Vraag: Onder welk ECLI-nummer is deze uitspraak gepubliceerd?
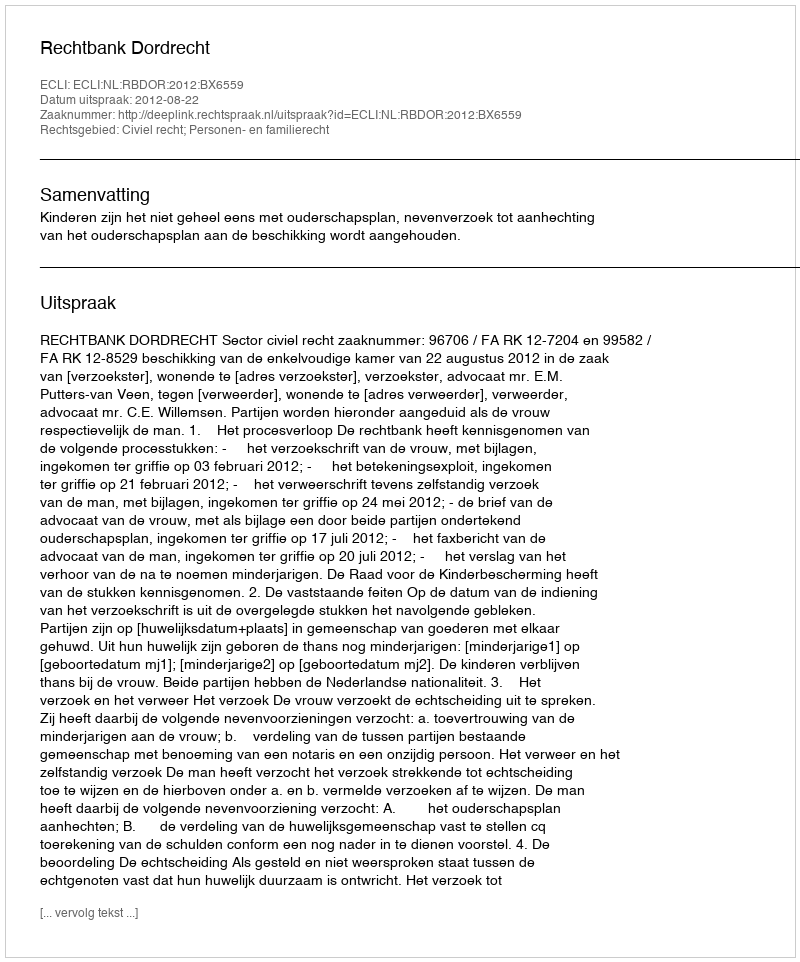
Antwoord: ECLI:NL:RBDOR:2012:BX6559